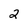
Character: 2